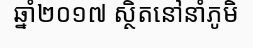
ឆ្នាំ២០១៧ ស្ថិតនៅនាំភូមិ